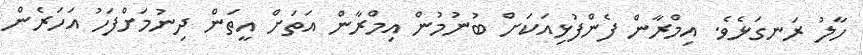
ހާލު ރަނގަޅެވެ. އިމްރާން ފެންފުޅިއަކަށް ބުނުމުން އިމްރާން އަތަށް އީތަން ދިނުމަށްފަހު އަހަރެން